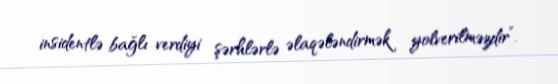
insidentlə bağlı verdiyi şərhlərlə əlaqələndirmək yolverilməzdir”.